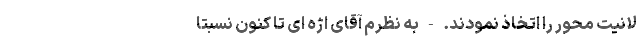
لانیّت محور را اتّخاذ نمودند. - به نظرم آقای اژه ای تا کنون نسبتاً